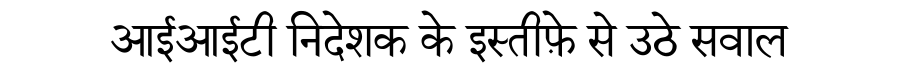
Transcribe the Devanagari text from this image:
आईआईटी निदेशक के इस्तीफ़े से उठे सवाल